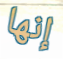
إنها